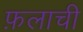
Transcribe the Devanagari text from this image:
फ़लाची